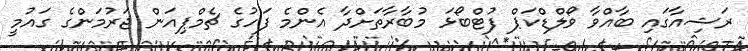
ރަޝިއާގައި ބާއްވާ ވޯލްޑްކަޕް ފުޓްބޯޅަ މުބާރާތަށްދާ އެންމެ ފަހުގެ ޗެމްޕިއަން ޖަރުމަންގެ ގައުމީ